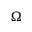
\Omega